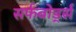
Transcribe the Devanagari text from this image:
सर्फबोर्ड्स